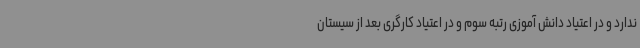
ندارد و در اعتیاد دانش آموزی رتبه سوم و در اعتیاد کارگری بعد از سیستان